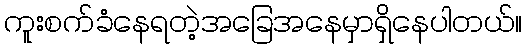
ကူးစက်ခံနေရတဲ့အခြေအနေမှာရှိနေပါတယ်။